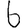
Digit: 6